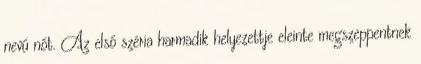
nevű nőt. Az első széria harmadik helyezettje eleinte megszeppentnek